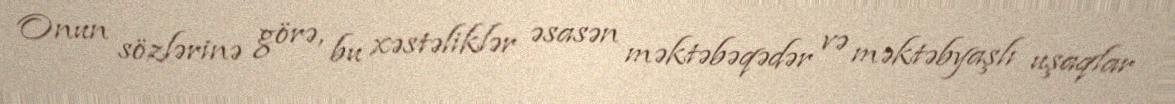
Onun sözlərinə görə, bu xəstəliklər əsasən məktəbəqədər və məktəbyaşlı uşaqlar